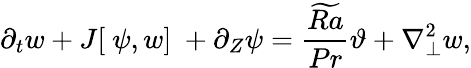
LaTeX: {\partial_{t}}w+J[\ \psi,w]\ +{\partial_{Z}}\psi=\frac{\widetilde{Ra}}{Pr}\vartheta+\nabla_{\perp}^{2}w,